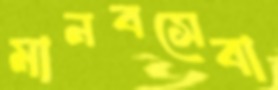
মানবসেবা